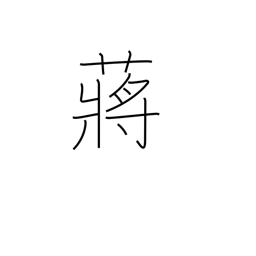
Meaning: hydropyrum latifalium